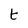
Character: t